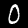
Label: 0